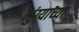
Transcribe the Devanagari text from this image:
भुंग्याच्या